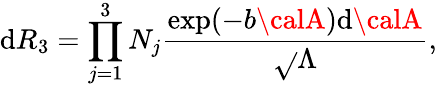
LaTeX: \mathrm{d}R_{3}=\prod_{j=1}^{3}N_{j}\frac{{\exp(-b{\calA})\mathrm{d}{\calA}}}{{\sqrt{}{{\Lambda}}}},